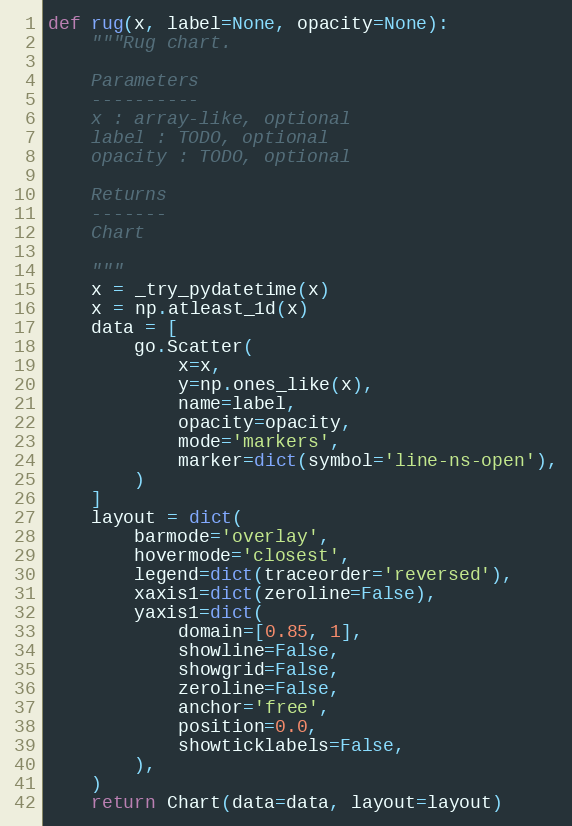
Language: Python
def rug(x, label=None, opacity=None):
    """Rug chart.

    Parameters
    ----------
    x : array-like, optional
    label : TODO, optional
    opacity : TODO, optional

    Returns
    -------
    Chart

    """
    x = _try_pydatetime(x)
    x = np.atleast_1d(x)
    data = [
        go.Scatter(
            x=x,
            y=np.ones_like(x),
            name=label,
            opacity=opacity,
            mode='markers',
            marker=dict(symbol='line-ns-open'),
        )
    ]
    layout = dict(
        barmode='overlay',
        hovermode='closest',
        legend=dict(traceorder='reversed'),
        xaxis1=dict(zeroline=False),
        yaxis1=dict(
            domain=[0.85, 1],
            showline=False,
            showgrid=False,
            zeroline=False,
            anchor='free',
            position=0.0,
            showticklabels=False,
        ),
    )
    return Chart(data=data, layout=layout)